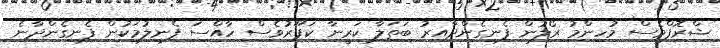
ޝްރޮފްވެސް މުހިންމު ރޯލުން ފެނިގެންދާއިރު ބަތަލާ ކަރީނާ ކަޕޫރުވެސް ހާއްސަ ފެނިލުމަކުން ފެނިގެންދާނެ